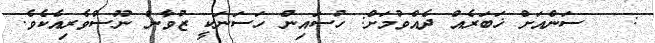
:   ސަންއަށް ޚަބަރެއް ދެއްވުމަށް: ހުސައިން ހަސަނަކީ ޒުވާން ނޫސްވެރިއެކެވެ.